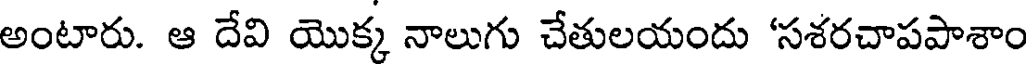
అంటారు. ఆ దేవి యొక్క నాలుగు చేతులయందు 'సశరచాపపాశాం